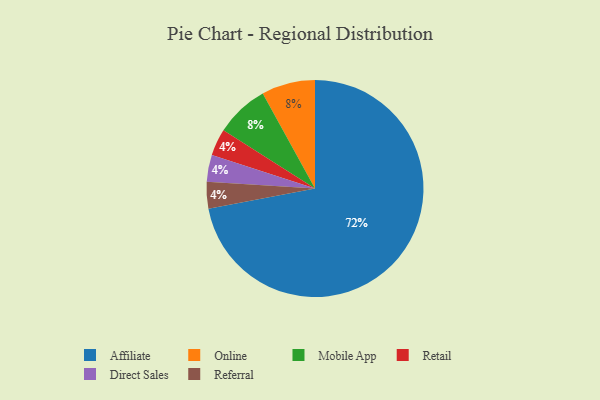
{"axis": {"x": "Category", "y": "Percentage"}, "legend": ["Affiliate", "Direct Sales", "Mobile App", "Online", "Referral", "Retail"], "data": [{"x": "Online", "y": 8, "type": "Online"}, {"x": "Retail", "y": 4, "type": "Retail"}, {"x": "Direct Sales", "y": 4, "type": "Direct Sales"}, {"x": "Affiliate", "y": 72, "type": "Affiliate"}, {"x": "Referral", "y": 4, "type": "Referral"}, {"x": "Mobile App", "y": 8, "type": "Mobile App"}]}